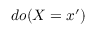
d o ( X = x ^ { \prime } )